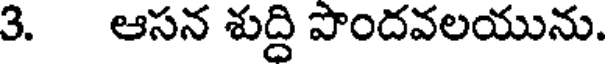
3. ఆసన శుద్ది పొందవలయును.